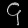
Digit: ၄